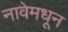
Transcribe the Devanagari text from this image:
नावेमधून